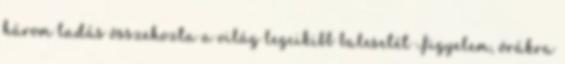
három ladás összehozta a világ legcikibb balesetét Figyelem, órákra